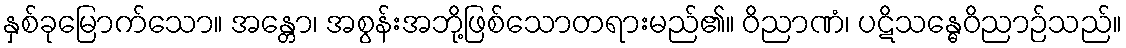
နှစ်ခုမြောက်သော။ အန္တော၊ အစွန်းအဘို့ဖြစ်သောတရားမည်၏။ ဝိညာဏံ၊ ပဋိသန္ဓေဝိညာဉ်သည်။